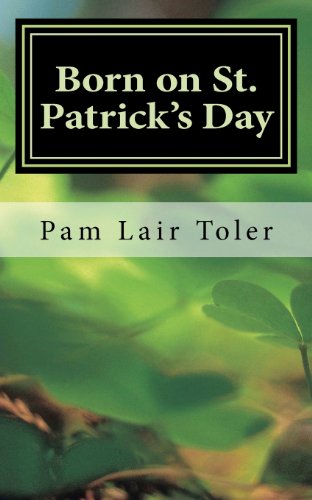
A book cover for Born on St. Patrick's Day; Pam Lair Toler; Children's Books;